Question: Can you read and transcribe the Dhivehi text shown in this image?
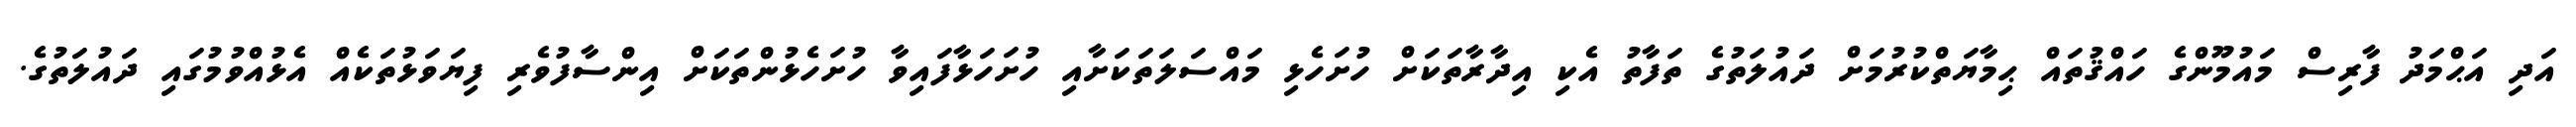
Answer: އަދި އަޙްމަދު ފާރިސް މައުމޫންގެ ހައްޤުތައް ޙިމާޔަތްކުރުމަށް ދައުލަތުގެ ތަފާތު އެކި އިދާރާތަކަށް ހުށަހެޅި މައްސަލަތަކަށާއި ހުށަހަޅާފައިވާ ހުށަހެޅުންތަކަށް އިންސާފުވެރި ފިޔަވަޅުތަކެއް އެޅުއްވުމުގައި ދައުލަތުގެ.